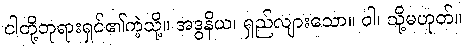
ငါတို့ဘုရားရှင်၏ကဲ့သို့။ အဒွနိယ၊ ရှည်လျားသော။ ဝါ၊ သို့မဟုတ်။